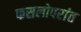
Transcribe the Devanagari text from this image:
फसलोपरांत